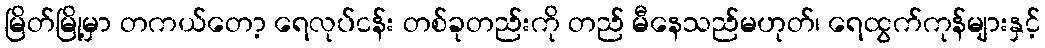
မြိတ်မြို့မှာ တကယ်တော့ ရေလုပ်ငန်း တစ်ခုတည်းကို တည် မီနေသည်မဟုတ်၊ ရေထွက်ကုန်များနှင့်